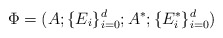
\begin{align*}\Phi=(A; \{E_i\}^d_{i=0}; A^*; \{E^*_i\}^d_{i=0})\end{align*}